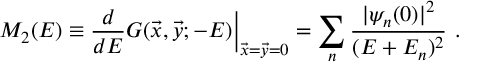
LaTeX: M _ { 2 } ( E ) \equiv { \frac { d } { d E } } G ( \vec { x } , \vec { y } ; - E ) \bigg | _ { \vec { x } = \vec { y } = 0 } = \sum _ { n } { \frac { | \psi _ { n } ( 0 ) | ^ { 2 } } { ( E + E _ { n } ) ^ { 2 } } } \ .